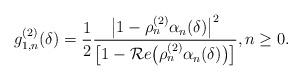
LaTeX: \begin{align*} g_{1,n}^{(2)}(\delta) = \frac{1}{2} \frac{\big|1 - \rho_{n}^{(2)} \alpha_{n}(\delta)\big|^2}{\big[1 - \mathcal{R}e\big(\rho_{n}^{(2)}\alpha_{n}(\delta)\big)\big]}, n \geq 0.\end{align*}